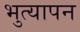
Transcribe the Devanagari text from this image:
भुत्यापन